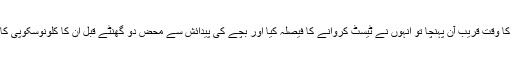
بالآخر زچگی کا وقت قریب آن پہنچا تو انہوں نے ٹیسٹ کروانے کا فیصلہ کیا اور بچے کی پیدائش سے محض دو گھنٹے قبل ان کا کلونوسکوپی کا ٹیسٹ کیا گیا۔